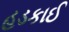
હડકાઈ